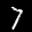
Label: 7